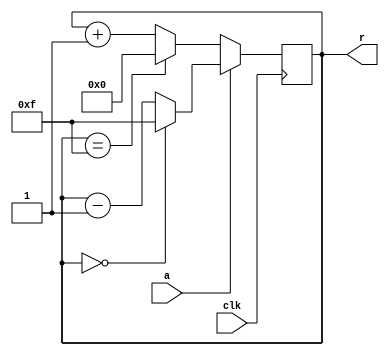

module test2(clk,a,r);

input clk,a;
output reg[3:0] r = 4'd0;

always @(posedge clk)
begin

	if (a == 0)
	begin
		if (r == 4'd15)
			r <= 0;
		else
			r <= r + 4'd1;
	end
	else
	begin
		if (r == 4'd0)
			r <= 15;
		else
			r <= r - 4'd1;
	end
		
end

endmodule